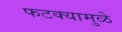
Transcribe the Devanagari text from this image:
फटक्यामुळे